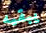
يبقيه